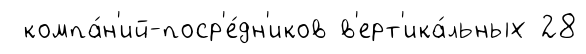
компа́н'ий-поср'е́дн'иков в'ерт'ика́льных 28